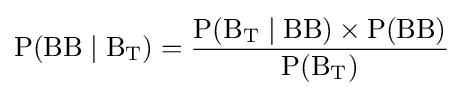
\mathrm {P(BB\mid B_{T})={\frac {P(B_{T}\mid BB)\times P(BB)}{P(B_{T})}}}